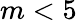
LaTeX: m<5